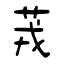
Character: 茙